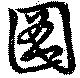
図